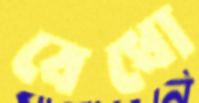
বেধো